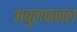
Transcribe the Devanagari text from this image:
अबुलफज़ल